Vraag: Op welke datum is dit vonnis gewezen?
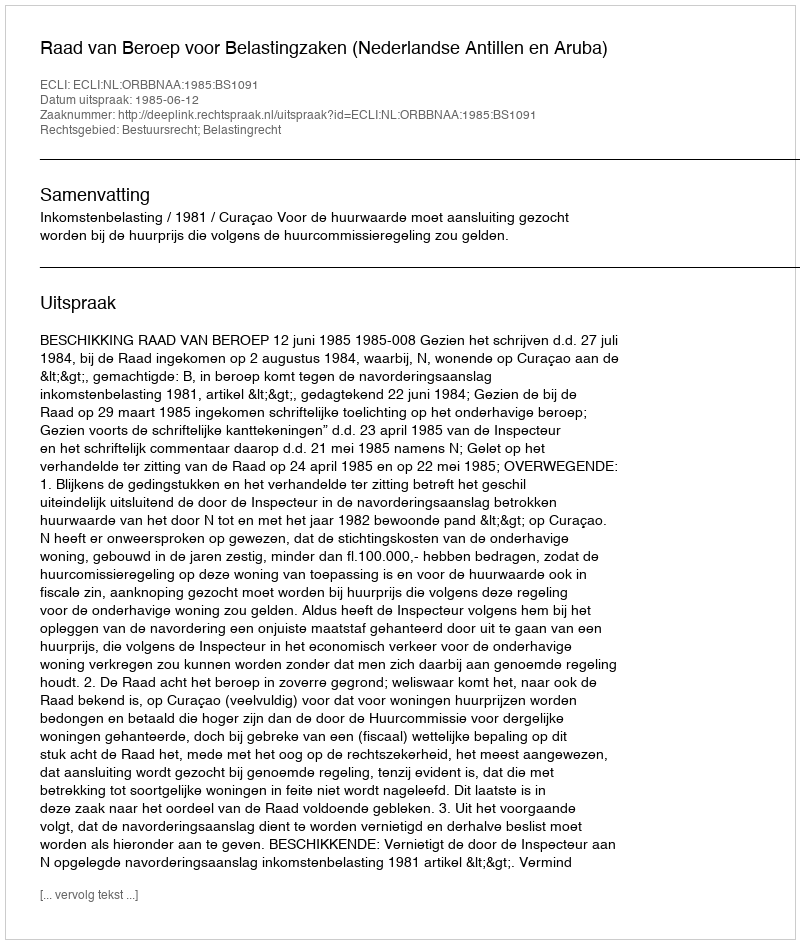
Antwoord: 1985-06-12